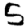
Digit: 5